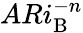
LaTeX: ARi_{\mathrm{B}}^{-n}